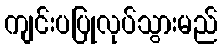
ကျင်းပပြုလုပ်သွားမည်